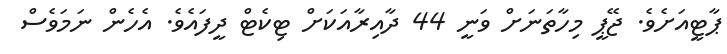
ޕާޓީއަށެވެ. ޖޭޕީ މިހާތަނަށް ވަނީ 44 ދާއިރާއަކަށް ޓިކެޓް ދީފައެވެ. އެހެން ނަމަވެސް